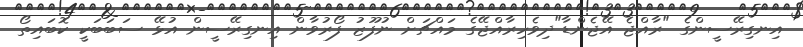
އިނގިރޭސީންގެ "ރާއްޖެ އޭޖެންޑާ"ދިވެހިރާއްޖޭގެ މައްޗަށް ނުފޫޒު ފޯރުވާން އިނގިރޭސީން އުޅޭ ސަބަބަކީ ކޮބައިތޯ